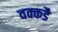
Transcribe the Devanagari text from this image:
वक्कडै